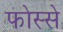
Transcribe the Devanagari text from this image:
फोस्से